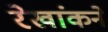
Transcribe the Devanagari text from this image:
रेखांकने